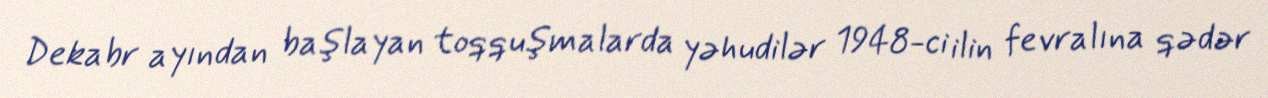
Dekabr ayından başlayan toqquşmalarda yəhudilər 1948-ci ilin fevralına qədər